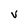
Character: v